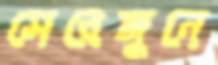
সেরেঙ্গুনে